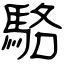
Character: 駱